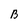
Character: B